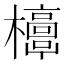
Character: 𣠐